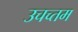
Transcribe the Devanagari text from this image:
उचच्तम